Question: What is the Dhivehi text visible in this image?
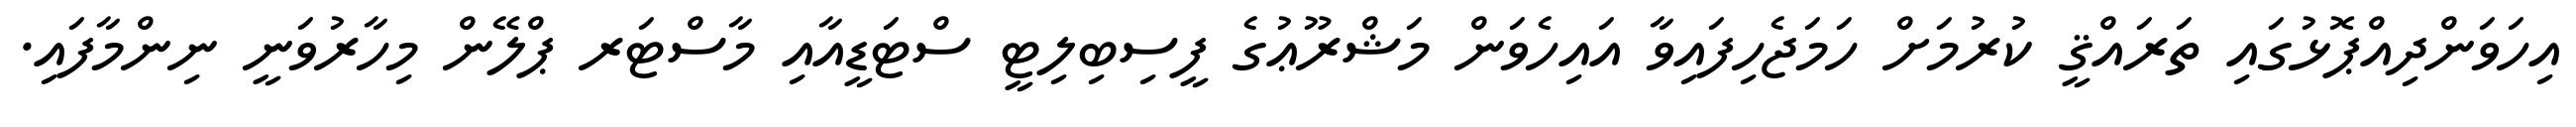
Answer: އިހަވަންދިއްޕޮޅުގައި ތަރައްޤީ ކުރުމަށް ހަމަޖެހިފައިވާ އައިހެވަން މަޝްރޫޢުގެ ފީސިބިލިޓީ ސްޓަޑީއާއި މާސްޓަރ ޕްލޭން މިހާރުވަނީ ނިންމާފައި.